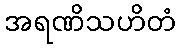
အရဏိသဟိတံ